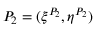
P _ { 2 } = ( \xi ^ { P _ { 2 } } , \eta ^ { P _ { 2 } } )